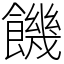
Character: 饑